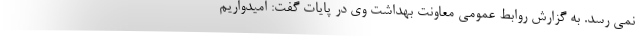
نمی رسد. به گزارش روابط عمومی معاونت بهداشت وی در پایات گفت: امیدواریم